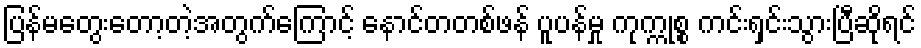
ပြန်မတွေးတော့တဲ့အတွက်ကြောင့် နောင်တတစ်ဖန် ပူပန်မှု ကုက္ကုစ္စ ကင်းရှင်းသွားပြီဆိုရင်